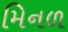
મિનળ